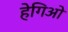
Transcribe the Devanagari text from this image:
हेगिओ